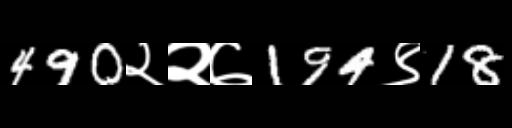
Text: 490२२७194९18